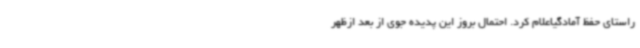
راستای حفظ آمادگیاعلام کرد. احتمال بروز این پدیده جوی از بعد ازظهر